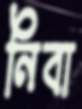
নিবা